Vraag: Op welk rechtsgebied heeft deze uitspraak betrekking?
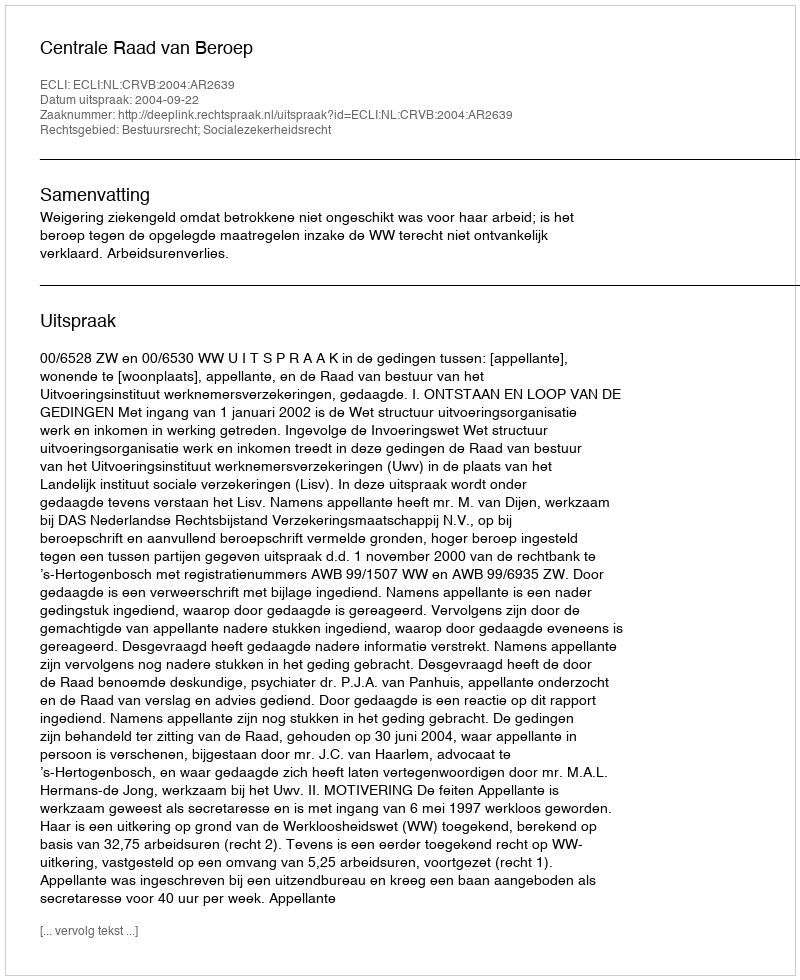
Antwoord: Bestuursrecht; Socialezekerheidsrecht